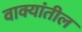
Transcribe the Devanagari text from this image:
वाक्यांतील